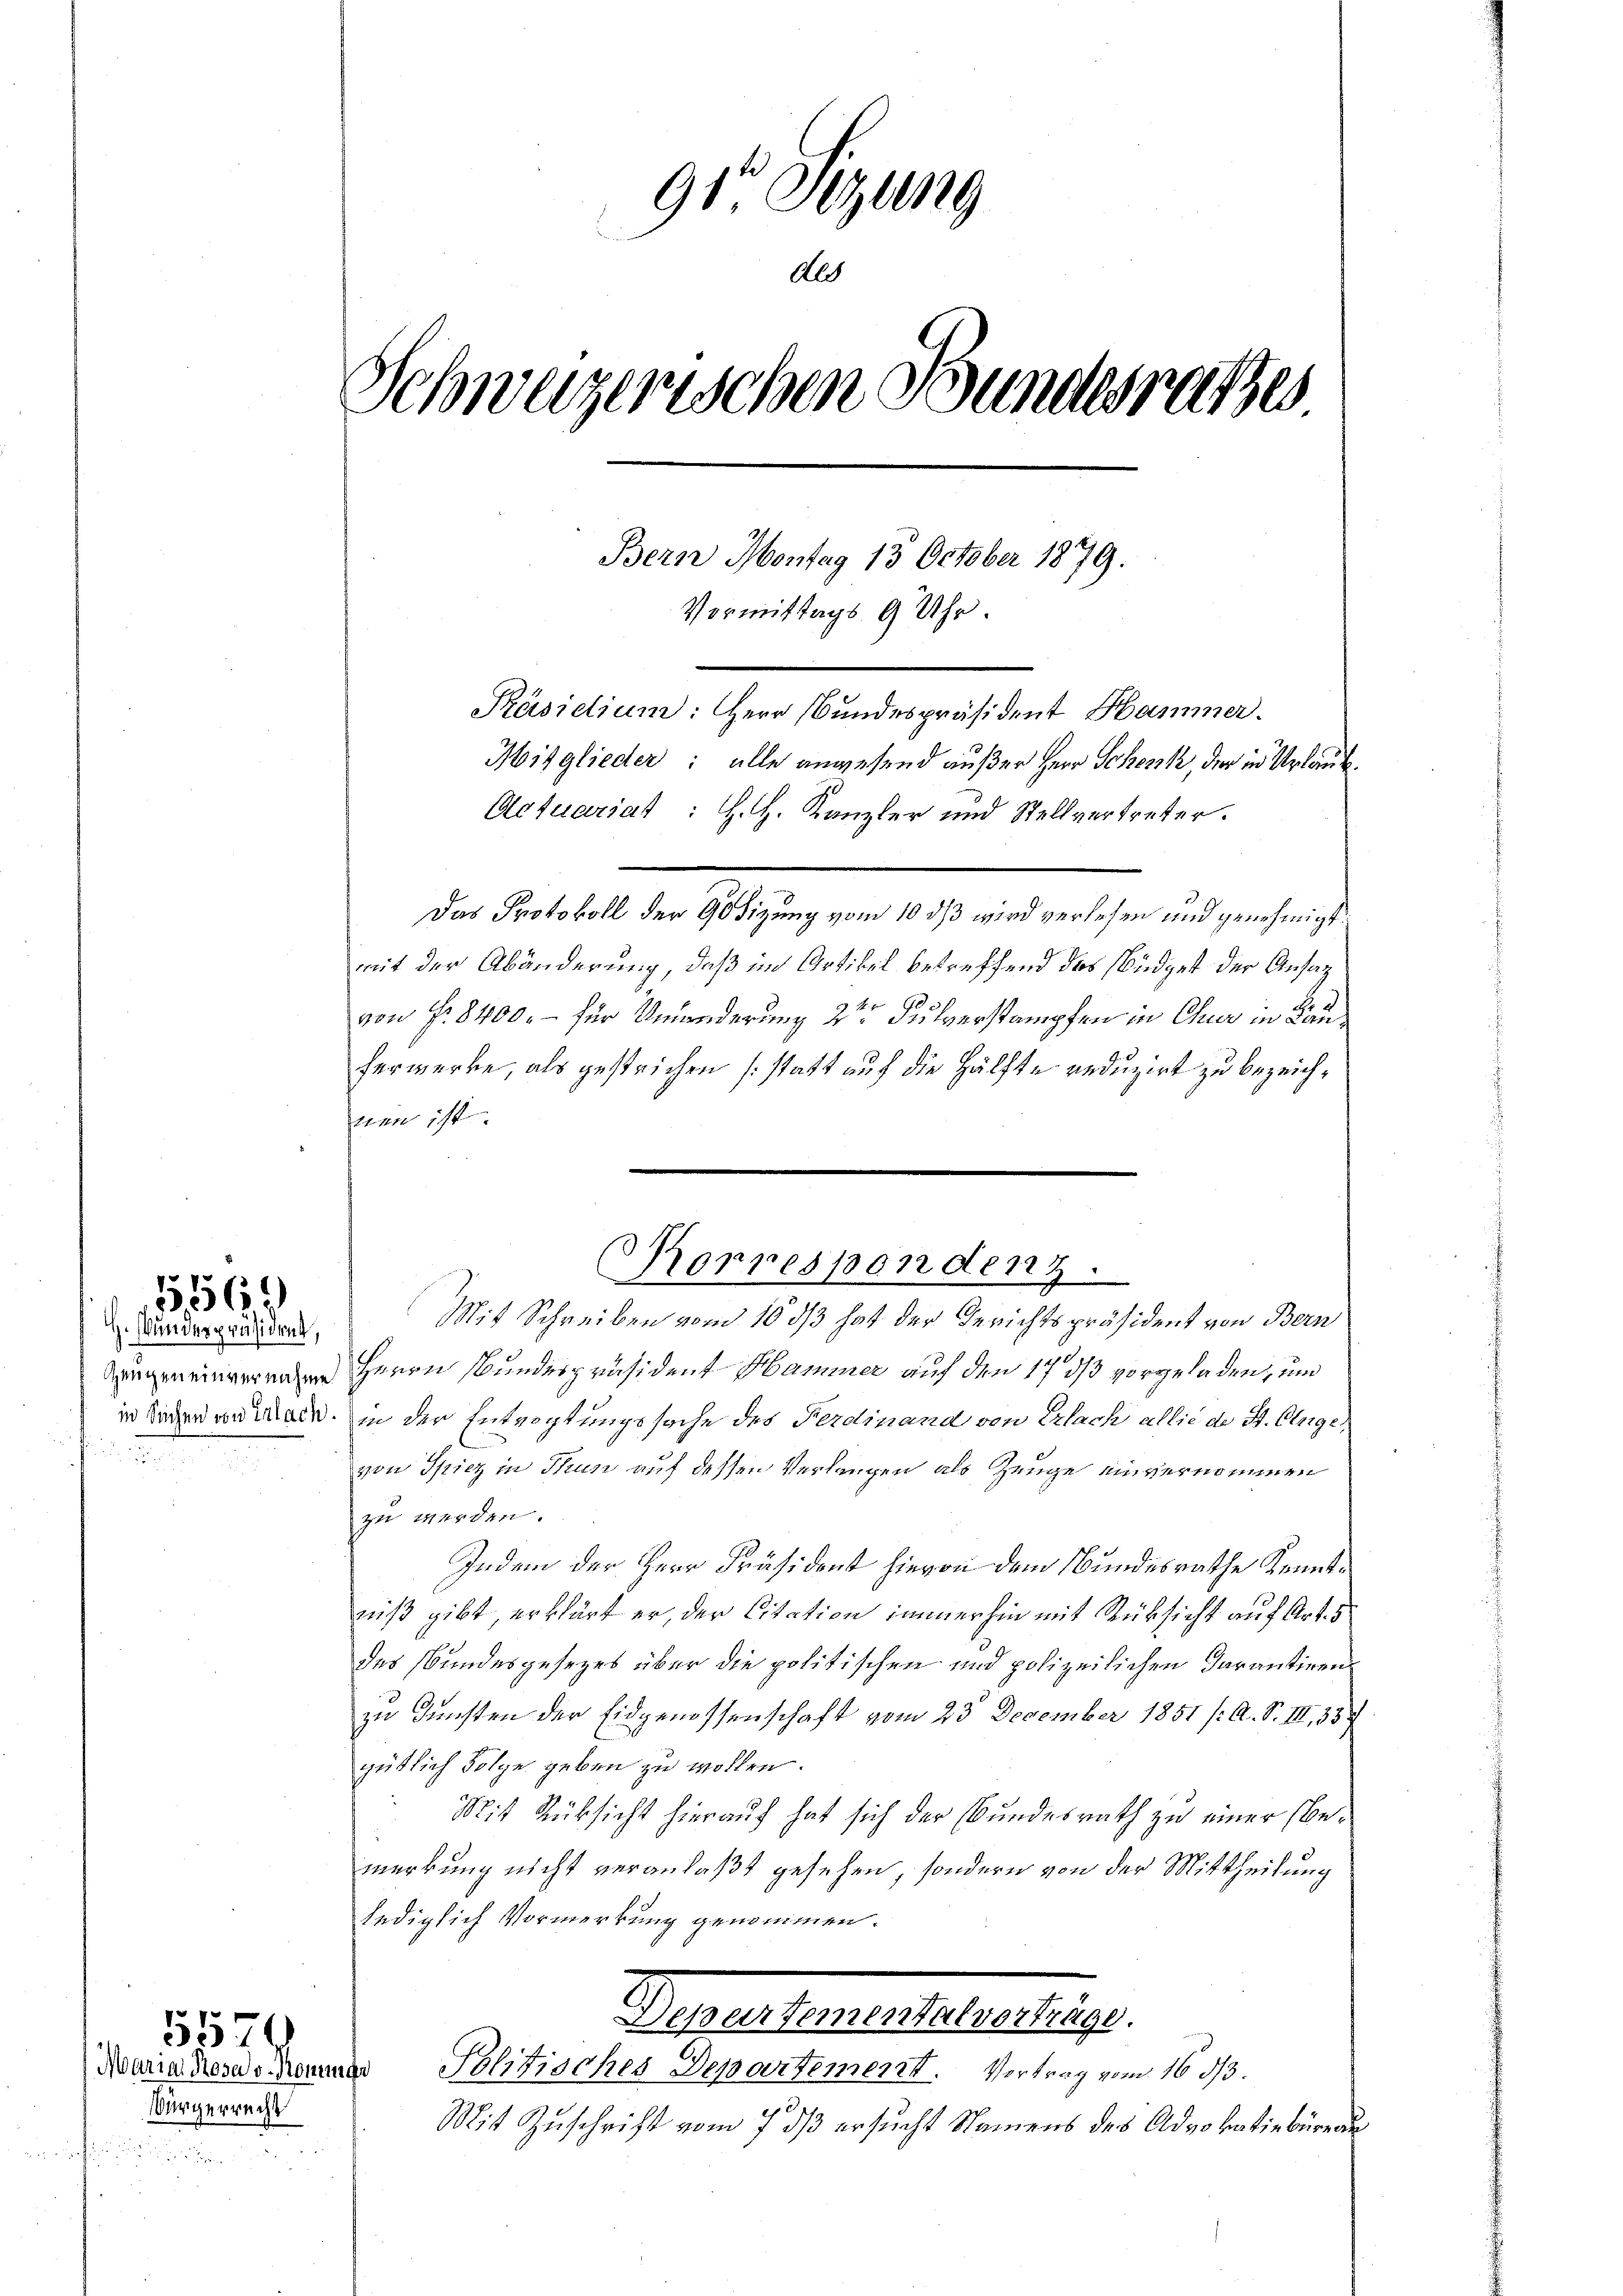
H. Wundespräsident,
¬

5569

Vürgerrecht

5571
Maria Prosa v. Rommer

91 Sitzung
Als
Schweizerischen Bundesrathes
Bern Montag 13 October 1879.
Vormittags 9 Uhr.
Präsidium: Herr Bundespräsident Hammer.
Mitglieder: alle anwesend außer Herr Schenk, der in Urlaub¬
Actuariat : H. H. Kanzler und Stellvertreter.

Das Protokoll der 90 Sizung vom 10 dß wird verlesen und genehmigt
mit der Abänderung, daß im Artikel betreffend das Büdget der Ansag
von Fr. 8400.- für Umänderung 2ten Pulverstampfen in Chur in Kanherwerke, als gestrichen (statt auf die Hälfte reduzirt zu bezeichnen ist.

Herrn Bundespräsident Hammer auf den 17 dß vorgeladen, und
in Laden werden, in der Entvogtungssache des Ferdinand von Erlach allié de St. Clege
von Spiez in Thun auf dessen Verlangen als Zeuge einvernommen
zu werden.
Indem der Herr Präsident hievon dem Bundesrathe Kenntniß gibt, erklärt er, der Citation immerhin mit Rücksicht auf Art. 5
des Bundesgesezes über die politischen und polizeilichen Darantirenzu dünsten der Eidgenossenschaft vom 23 December 1851 /: A. S. III, 384
gütlich Folge geben zu wollen.
Mit Rücksicht hierauf hat sich der Bundesrath zu einer bemerkung nicht veranlaßt gesehen, sondern von der Mittheilung
lediglich Vormerkung genommen.
Haselsteuersteuerlieg
Politisches Departement. Vortrag vom 16. 33.
Mit Zuschrift vom 7. ds ersucht Namens des Advokatinbüreau

Rorresponden 7.
Mit Schreiben vom 16 ds hat der Gerichtspräsident von Bern